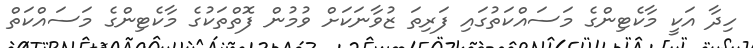
ހިދާ އަކީ މާކެޓިންގެ މަސައްކަތުގައި ފަރިތަ ޒުވާނަކަށް ވުމުން ފޮތްތަކުގެ މާކެޓިންގެ މަސައްކަތް